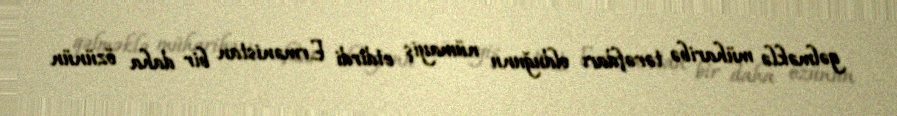
gəlməklə müharibə tərəfdarı olduğunu nümayiş etdirdi Ermənistan bir daha özünün